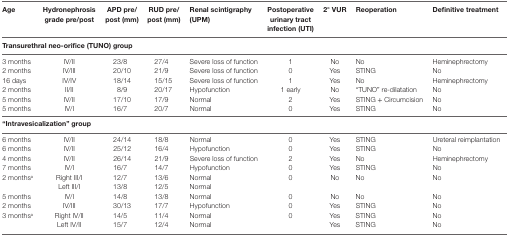
<table><thead><tr><td><b>Age</b></td><td><b>Hydronephrosis grade pre/post</b></td><td><b>APD pre/post (mm)</b></td><td><b>RUD pre/post (mm)</b></td><td><b>Renal scintigraphy (UPM)</b></td><td><b>Postoperative urinary tract infection (UTI)</b></td><td><b>2° VUR</b></td><td><b>Reoperation</b></td><td><b>Definitive treatment</b></td></tr></thead><tbody><tr><td colspan="9"><b>Transurethral neo-orifice (TUNO) group</b></td></tr><tr><td>3 months</td><td>IV/II</td><td>23/8</td><td>27/4</td><td>Severe loss of function</td><td>1</td><td>No</td><td>No</td><td>Heminephrectomy</td></tr><tr><td>2 months</td><td>IV/III</td><td>20/10</td><td>21/9</td><td>Severe loss of function</td><td>0</td><td>Yes</td><td>STING</td><td>No</td></tr><tr><td>16 days</td><td>IV/IV</td><td>18/14</td><td>15/15</td><td>Severe loss of function</td><td>1</td><td>Yes</td><td>No</td><td>Heminephrectomy</td></tr><tr><td>2 months</td><td>II/II</td><td>8/9</td><td>20/17</td><td>Hypofunction</td><td>1 early</td><td>No</td><td>“TUNO” re-dilatation</td><td>No</td></tr><tr><td>5 months</td><td>IV/II</td><td>17/10</td><td>17/9</td><td>Normal</td><td>2</td><td>Yes</td><td>STING + Circumcision</td><td>No</td></tr><tr><td>5 months</td><td>IV/I</td><td>16/7</td><td>20/7</td><td>Normal</td><td>0</td><td>Yes</td><td>STING</td><td>No</td></tr><tr><td colspan="9"><b>“Intravesicalization” group</b></td></tr><tr><td>6 months</td><td>IV/II</td><td>24/14</td><td>18/8</td><td>Normal</td><td>0</td><td>Yes</td><td>STING</td><td>Ureteral reimplantation</td></tr><tr><td>6 months</td><td>IV/II</td><td>25/12</td><td>16/4</td><td>Hypofunction</td><td>0</td><td>Yes</td><td>STING</td><td>No</td></tr><tr><td>4 months</td><td>IV/II</td><td>26/14</td><td>21/9</td><td>Severe loss of function</td><td>2</td><td>Yes</td><td>No</td><td>Heminephrectomy</td></tr><tr><td>7 months</td><td>IV/I</td><td>16/7</td><td>14/7</td><td>Hypofunction</td><td>0</td><td>Yes</td><td>STING</td><td>No</td></tr><tr><td rowspan="2">2 months<sup>a</sup></td><td>Right III/I</td><td>12/7</td><td>13/6</td><td>Normal</td><td rowspan="2">0</td><td rowspan="2">No</td><td rowspan="2">No</td><td rowspan="2">No</td></tr><tr><td>Left III/I</td><td>13/8</td><td>12/5</td><td>Normal</td></tr><tr><td>5 months</td><td>IV/I</td><td>14/8</td><td>13/8</td><td>Normal</td><td>0</td><td>No</td><td>No</td><td>No</td></tr><tr><td>2 months</td><td>IV/III</td><td>30/13</td><td>17/7</td><td>Hypofunction</td><td>0</td><td>Yes</td><td>STING</td><td>No</td></tr><tr><td rowspan="2">3 months<sup>a</sup></td><td>Right IV/II</td><td>14/5</td><td>11/4</td><td>Normal</td><td rowspan="2">0</td><td>Yes</td><td>STING</td><td>No</td></tr><tr><td>Left IV/II</td><td>15/7</td><td>12/4</td><td>Normal</td><td>Yes</td><td>STING</td><td>No</td></tr></tbody></table>